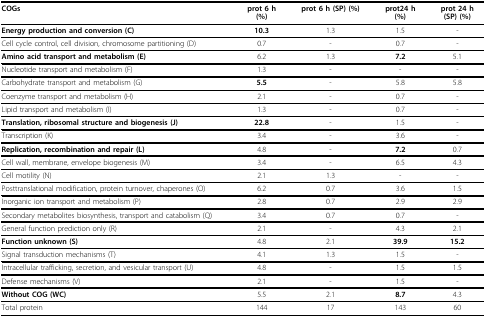
<table><thead><tr><td><b>COGs</b></td><td><b>prot 6 h(%)</b></td><td><b>prot 6 h (SP) (%)</b></td><td><b>prot24 h(%)</b></td><td><b>prot 24 h(SP) (%)</b></td></tr></thead><tbody><tr><td><b>Energy production and conversion (C)</b></td><td><b>10.3</b></td><td>1.3</td><td>1.5</td><td>-</td></tr><tr><td>Cell cycle control, cell division, chromosome partitioning (D)</td><td>0.7</td><td>-</td><td>0.7</td><td>-</td></tr><tr><td><b>Amino acid transport and metabolism (E)</b></td><td>6.2</td><td>1.3</td><td><b>7.2</b></td><td>5.1</td></tr><tr><td>Nucleotide transport and metabolism (F)</td><td>1.3</td><td>-</td><td>-</td><td>-</td></tr><tr><td>Carbohydrate transport and metabolism (G)</td><td><b>5.5</b></td><td>-</td><td>5.8</td><td>5.8</td></tr><tr><td>Coenzyme transport and metabolism (H)</td><td>2.1</td><td>-</td><td>0.7</td><td>-</td></tr><tr><td>Lipid transport and metabolism (I)</td><td>1.3</td><td>-</td><td>0.7</td><td>-</td></tr><tr><td><b>Translation, ribosomal structure and biogenesis (J)</b></td><td><b>22.8</b></td><td>-</td><td>1.5</td><td>-</td></tr><tr><td>Transcription (K)</td><td>3.4</td><td>-</td><td>3.6</td><td>-</td></tr><tr><td><b>Replication, recombination and repair (L)</b></td><td>4.8</td><td>-</td><td><b>7.2</b></td><td>0.7</td></tr><tr><td>Cell wall, membrane, envelope biogenesis (M)</td><td>3.4</td><td>-</td><td>6.5</td><td>4.3</td></tr><tr><td>Cell motility (N)</td><td>2.1</td><td>1.3</td><td>-</td><td>-</td></tr><tr><td>Posttranslational modification, protein turnover, chaperones (O)</td><td>6.2</td><td>0.7</td><td>3.6</td><td>1.5</td></tr><tr><td>Inorganic ion transport and metabolism (P)</td><td>2.8</td><td>0.7</td><td>2.9</td><td>2.9</td></tr><tr><td>Secondary metabolites biosynthesis, transport and catabolism (Q)</td><td>3.4</td><td>0.7</td><td>0.7</td><td>-</td></tr><tr><td>General function prediction only (R)</td><td>2.1</td><td>-</td><td>4.3</td><td>2.1</td></tr><tr><td><b>Function unknown (S)</b></td><td>4.8</td><td>2.1</td><td><b>39.9</b></td><td><b>15.2</b></td></tr><tr><td>Signal transduction mechanisms (T)</td><td>4.1</td><td>1.3</td><td>1.5</td><td>-</td></tr><tr><td>Intracellular trafficking, secretion, and vesicular transport (U)</td><td>4.8</td><td>-</td><td>1.5</td><td>1.5</td></tr><tr><td>Defense mechanisms (V)</td><td>2.1</td><td>-</td><td>1.5</td><td>-</td></tr><tr><td><b>Without COG (WC)</b></td><td>5.5</td><td>2.1</td><td><b>8.7</b></td><td>4.3</td></tr><tr><td>Total protein</td><td>144</td><td>17</td><td>143</td><td>60</td></tr></tbody></table>